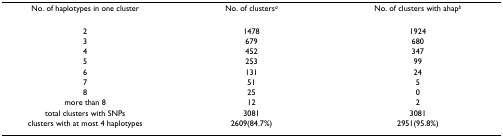
<table><thead><tr><td><b>No. of haplotypes in one cluster</b></td><td><b>No. of clusters<sup><i>a</i></sup></b></td><td><b>No. of clusters with ahap<sup><i>b</i></sup></b></td></tr></thead><tbody><tr><td>2</td><td>1478</td><td>1924</td></tr><tr><td>3</td><td>679</td><td>680</td></tr><tr><td>4</td><td>452</td><td>347</td></tr><tr><td>5</td><td>253</td><td>99</td></tr><tr><td>6</td><td>131</td><td>24</td></tr><tr><td>7</td><td>51</td><td>5</td></tr><tr><td>8</td><td>25</td><td>0</td></tr><tr><td>more than 8</td><td>12</td><td>2</td></tr><tr><td>total clusters with SNPs</td><td>3081</td><td>3081</td></tr><tr><td>clusters with at most 4 haplotypes</td><td>2609(84.7%)</td><td>2951(95.8%)</td></tr></tbody></table>